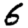
Digit: 6